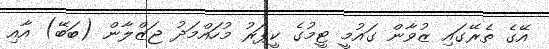
އޭގެ ތެރޭގައި ޒުވާން ގައުމީ ޓީމުގެ ކީޕަރު މުހައްމަދު ޖަޒްލާން (ބަބޭ) އާއި